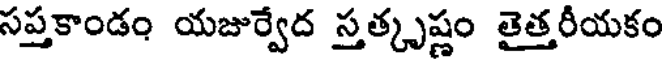
సప్తకాండం యజుర్వేద స్తత్కృష్ణం తైత్తరీయకం